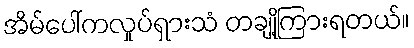
အိမ်ပေါ်ကလှုပ်ရှားသံ တချို့ကြားရတယ်။